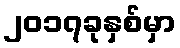
၂၀၁၇ခုနှစ်မှာ